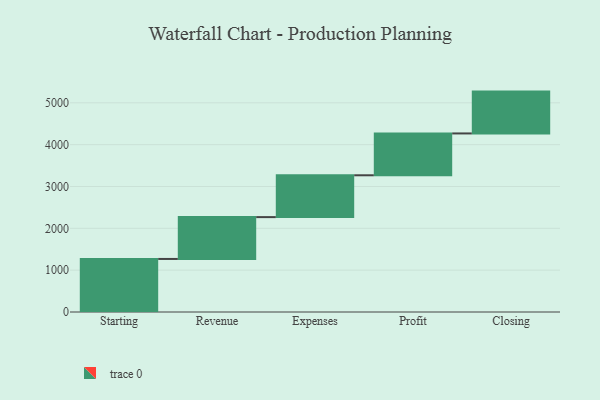
{"axis": {"x": "Step", "y": "Value"}, "legend": [""], "data": [{"x": "Starting", "y": 1268.0, "type": ""}, {"x": "Revenue", "y": 1000, "type": ""}, {"x": "Expenses", "y": 1000, "type": ""}, {"x": "Profit", "y": 1000, "type": ""}, {"x": "Closing", "y": 1000, "type": ""}]}